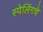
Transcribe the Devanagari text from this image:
स्पेलिंगचे